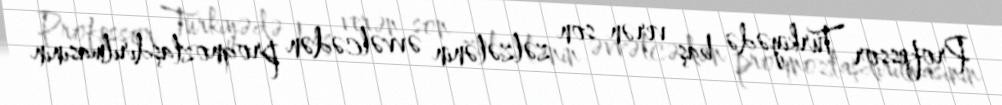
Professor Türkiyədə baş verən son zəlzələnin əvvəlcədən proqnozlaşdırılmasının